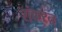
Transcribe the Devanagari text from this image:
शंकरन्